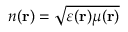
n ( \mathbf { r } ) = \sqrt { \varepsilon ( \mathbf { r } ) \mu ( \mathbf { r } ) }